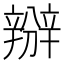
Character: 𨐰